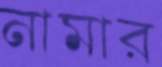
নামার